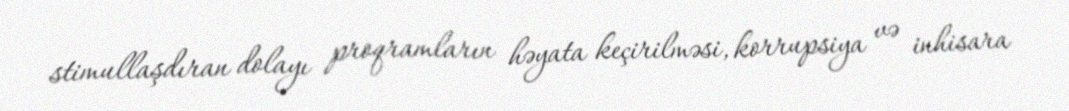
stimullaşdıran dolayı proqramların həyata keçirilməsi, korrupsiya və inhisara